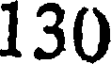
130